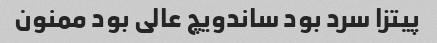
پیتزا سرد بود ساندویچ عالی بود ممنون